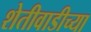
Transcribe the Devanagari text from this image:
शेतीवाडीच्या